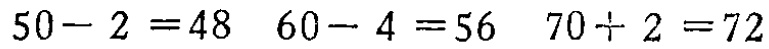
\(50 - 2 = 48\) \(60 - 4 = 56\) \(70\div2 = 72\)